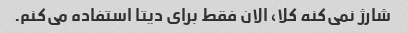
شارژ نمی‌کنه کلا، الان فقط برای دیتا استفاده می‌کنم.